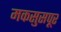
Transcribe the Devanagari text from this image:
मकसुसपूर